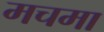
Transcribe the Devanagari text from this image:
मचमा